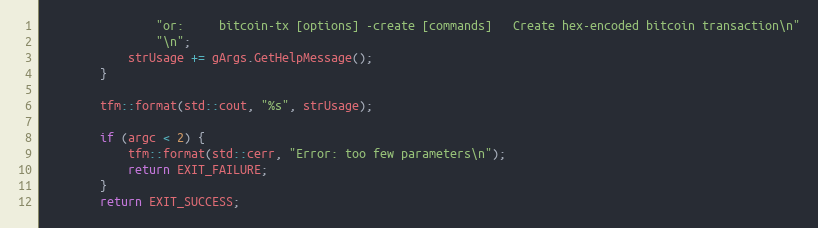
Language: C++
                "or:     bitcoin-tx [options] -create [commands]   Create hex-encoded bitcoin transaction\n"
                "\n";
            strUsage += gArgs.GetHelpMessage();
        }

        tfm::format(std::cout, "%s", strUsage);

        if (argc < 2) {
            tfm::format(std::cerr, "Error: too few parameters\n");
            return EXIT_FAILURE;
        }
        return EXIT_SUCCESS;